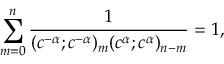
\sum _ { m = 0 } ^ { n } \frac { 1 } { ( c ^ { - \alpha } ; c ^ { - \alpha } ) _ { m } ( c ^ { \alpha } ; c ^ { \alpha } ) _ { n - m } } = 1 ,